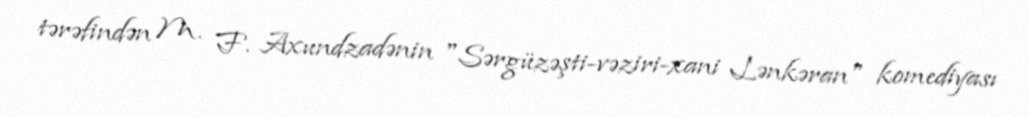
tərəfindən M. F. Axundzadənin "Sərgüzəşti-vəziri-xani Lənkəran" komediyası